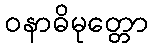
ဝနာဓိမုတ္တော